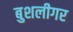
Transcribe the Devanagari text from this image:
बुशलीगर